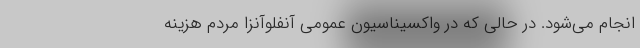
انجام می‌شود. در حالی که در واکسیناسیون عمومی آنفلوآنزا مردم هزینه